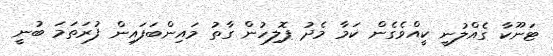
ޓަނޫކާ ގެއްލުނީ ކީއްވެގެން ކަމާ މެދު ޕޮލިހުން ގާތު މައިންބަފައިން ފުރަތަމަ ބުނީ